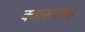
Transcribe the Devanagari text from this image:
क्वास्लवाह